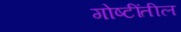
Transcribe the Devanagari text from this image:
गोष्टींतील